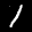
Label: 1